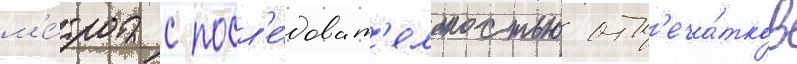
м'е́тра с посл'е́доват'ельностью отп'еча́тков